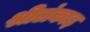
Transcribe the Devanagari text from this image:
श्रीलंकाइ